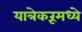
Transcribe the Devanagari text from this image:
यात्रेकरूंमध्ये